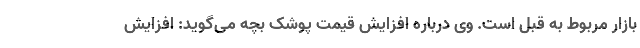
بازار مربوط به قبل است. وی درباره افزایش قیمت پوشک بچه می‌گوید: افزایش